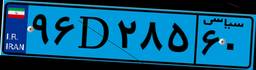
۵۸D۸۴۷۸۱